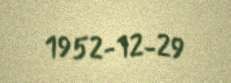
1952-12-29